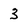
Character: 3